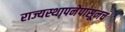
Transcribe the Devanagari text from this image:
राज्यस्थापनेपासूनच